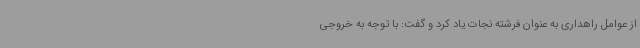
از عوامل راهداری به عنوان فرشته نجات یاد کرد و گفت: با توجه به خروجی